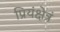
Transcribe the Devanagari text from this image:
प्रियंक्षेत्रं